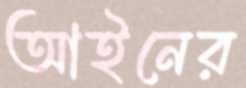
আইনের